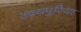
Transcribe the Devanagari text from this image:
उदयपुरिया